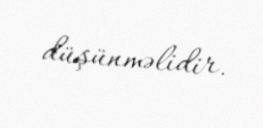
düşünməlidir.